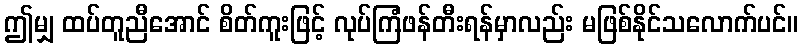
ဤမျှ ထပ်တူညီအောင် စိတ်ကူးဖြင့် လုပ်ကြံဖန်တီးရန်မှာလည်း မဖြစ်နိုင်သလောက်ပင်။